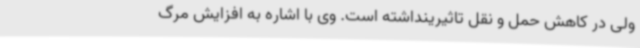
ولی در کاهش حمل و نقل تاثیرینداشته است. وی با اشاره به افزایش مرگ